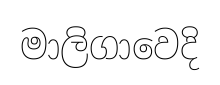
මාලිගාවෙදි